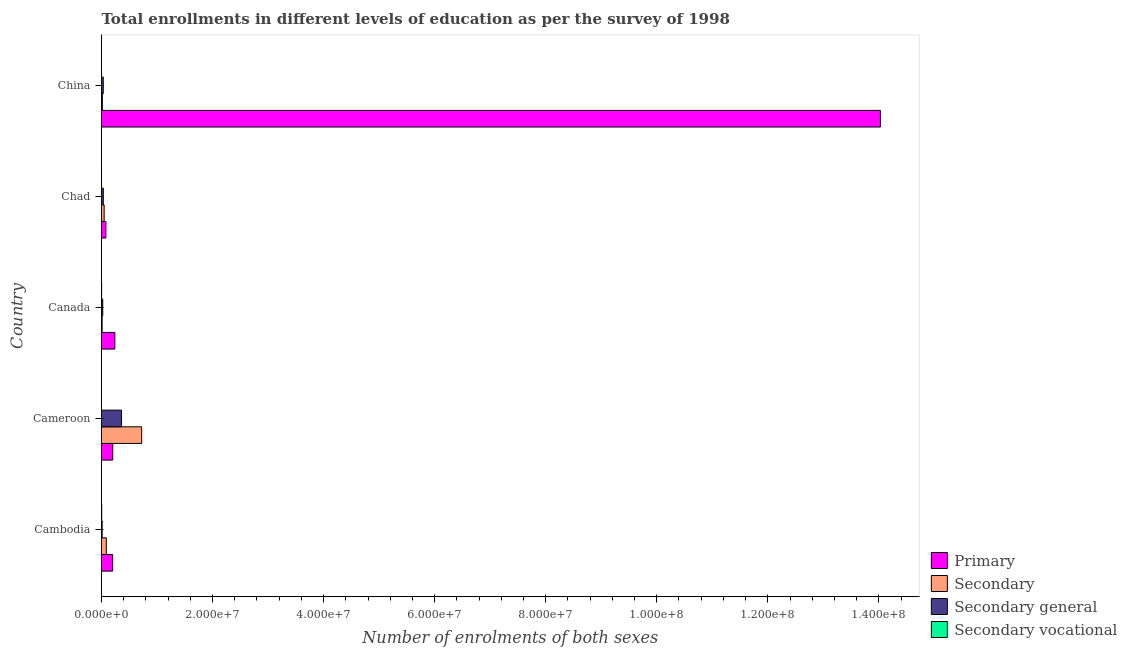
| Country | Primary | Secondary | Secondary general | Secondary vocational |
 | --- | --- | --- | --- | --- |
 | Cambodia | 2.01e+06 | 8.67e+05 | 1.15e+05 | 3.82e+04 |
 | Cameroon | 2.02e+06 | 7.23e+06 | 3.6e+06 | 655 |
 | Canada | 2.4e+06 | 1.16e+05 | 2.23e+05 | 2.17e+04 |
 | Chad | 7.87e+05 | 4.78e+05 | 3.22e+05 | 1.91e+03 |
 | China | 1.4e+08 | 1.6e+05 | 3.18e+05 | 90 |